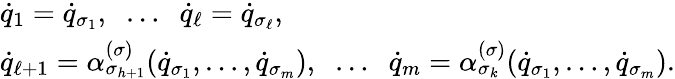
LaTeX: \begin{array}{l}{{\dot{q}}_{1}={\dot{q}}_{\sigma_{1}},\; \; \dots\; \; {\dot{q}}_{\ell}={\dot{q}}_{\sigma_{\ell}},}\\ {{\dot{q}}_{\ell+1}=\alpha_{\sigma_{h+1}}^{(\sigma)}({\dot{q}}_{\sigma_{1}},\dots,{\dot{q}}_{\sigma_{m}}),\; \; \dots\; \; {\dot{q}}_{m}=\alpha_{\sigma_{k}}^{(\sigma)}({\dot{q}}_{\sigma_{1}},\dots,{\dot{q}}_{\sigma_{m}}).}\end{array}